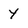
Character: 4